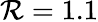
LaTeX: \mathcal{R}=1.1